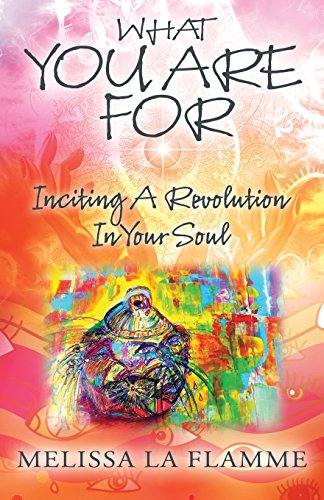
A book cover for What You Are For: Inciting A Revolution In Your Soul; Melissa La Flamme; Teen & Young Adult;